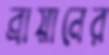
ব্রায়ানের